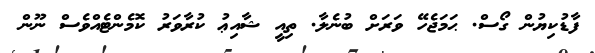
ފާޑުކިޔުން ގޯސް. ޙަމަޖެހޭ ވަރަށް ބުނެލާ. ތިއީ ޝާއިޢު ކުރާވަރު ކޮމެންޓެއްވެސް ނޫން